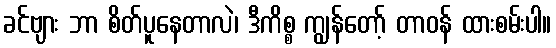
ခင်ဗျား ဘာ စိတ်ပူနေတာလဲ၊ ဒီကိစ္စ ကျွန်တော့် တာဝန် ထားစမ်းပါ။